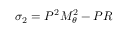
\sigma _ { 2 } = P ^ { 2 } M _ { \theta } ^ { 2 } - P R